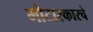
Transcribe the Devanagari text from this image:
मोटारकारचे